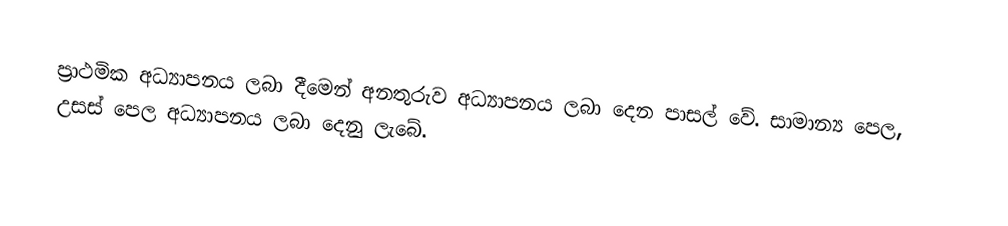
ප්‍රාථමික අධ්‍යාපනය ලබා දීමෙන් අනතුරුව අධ්‍යාපනය ලබා දෙන පාසල් වේ. සාමාන්‍ය පෙල, උසස් පෙල අධ්‍යාපනය ලබා දෙනු ලැබේ.